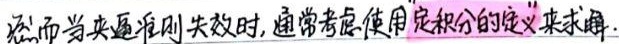
然而当夹逼准则失效时,通常考虑使用“定积分的定义”来求解.